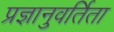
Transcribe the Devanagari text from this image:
प्रज्ञानुवर्तिता